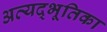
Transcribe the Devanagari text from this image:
अत्यद्भूतिका